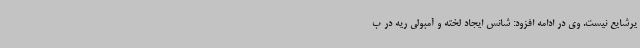
یرشایع نیست. وی در ادامه افزود: شانس ایجاد لخته و آمبولی ریه در ب